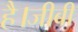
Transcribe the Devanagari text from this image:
है।जीबी